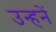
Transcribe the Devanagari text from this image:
उन्हनें